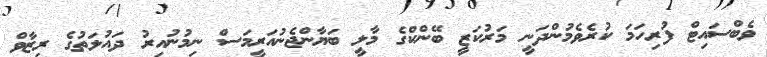
ވެބްސައިޓް ފުރިހަމަ ކުރެވެމުންދަނީ މަރުކަޒީ ބޭންކްގެ މާލީ ބަޔާންޖެނުއަރީމަސް ނިމުނުއިރު ދައުލަތުގެ ރިޒާވް